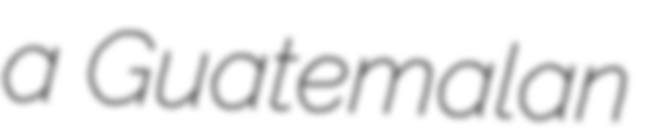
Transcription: a Guatemalan